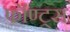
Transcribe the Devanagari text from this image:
फॉण्ट्स